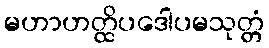
မဟာဟတ္ထိပဒေါပမသုတ္တံ